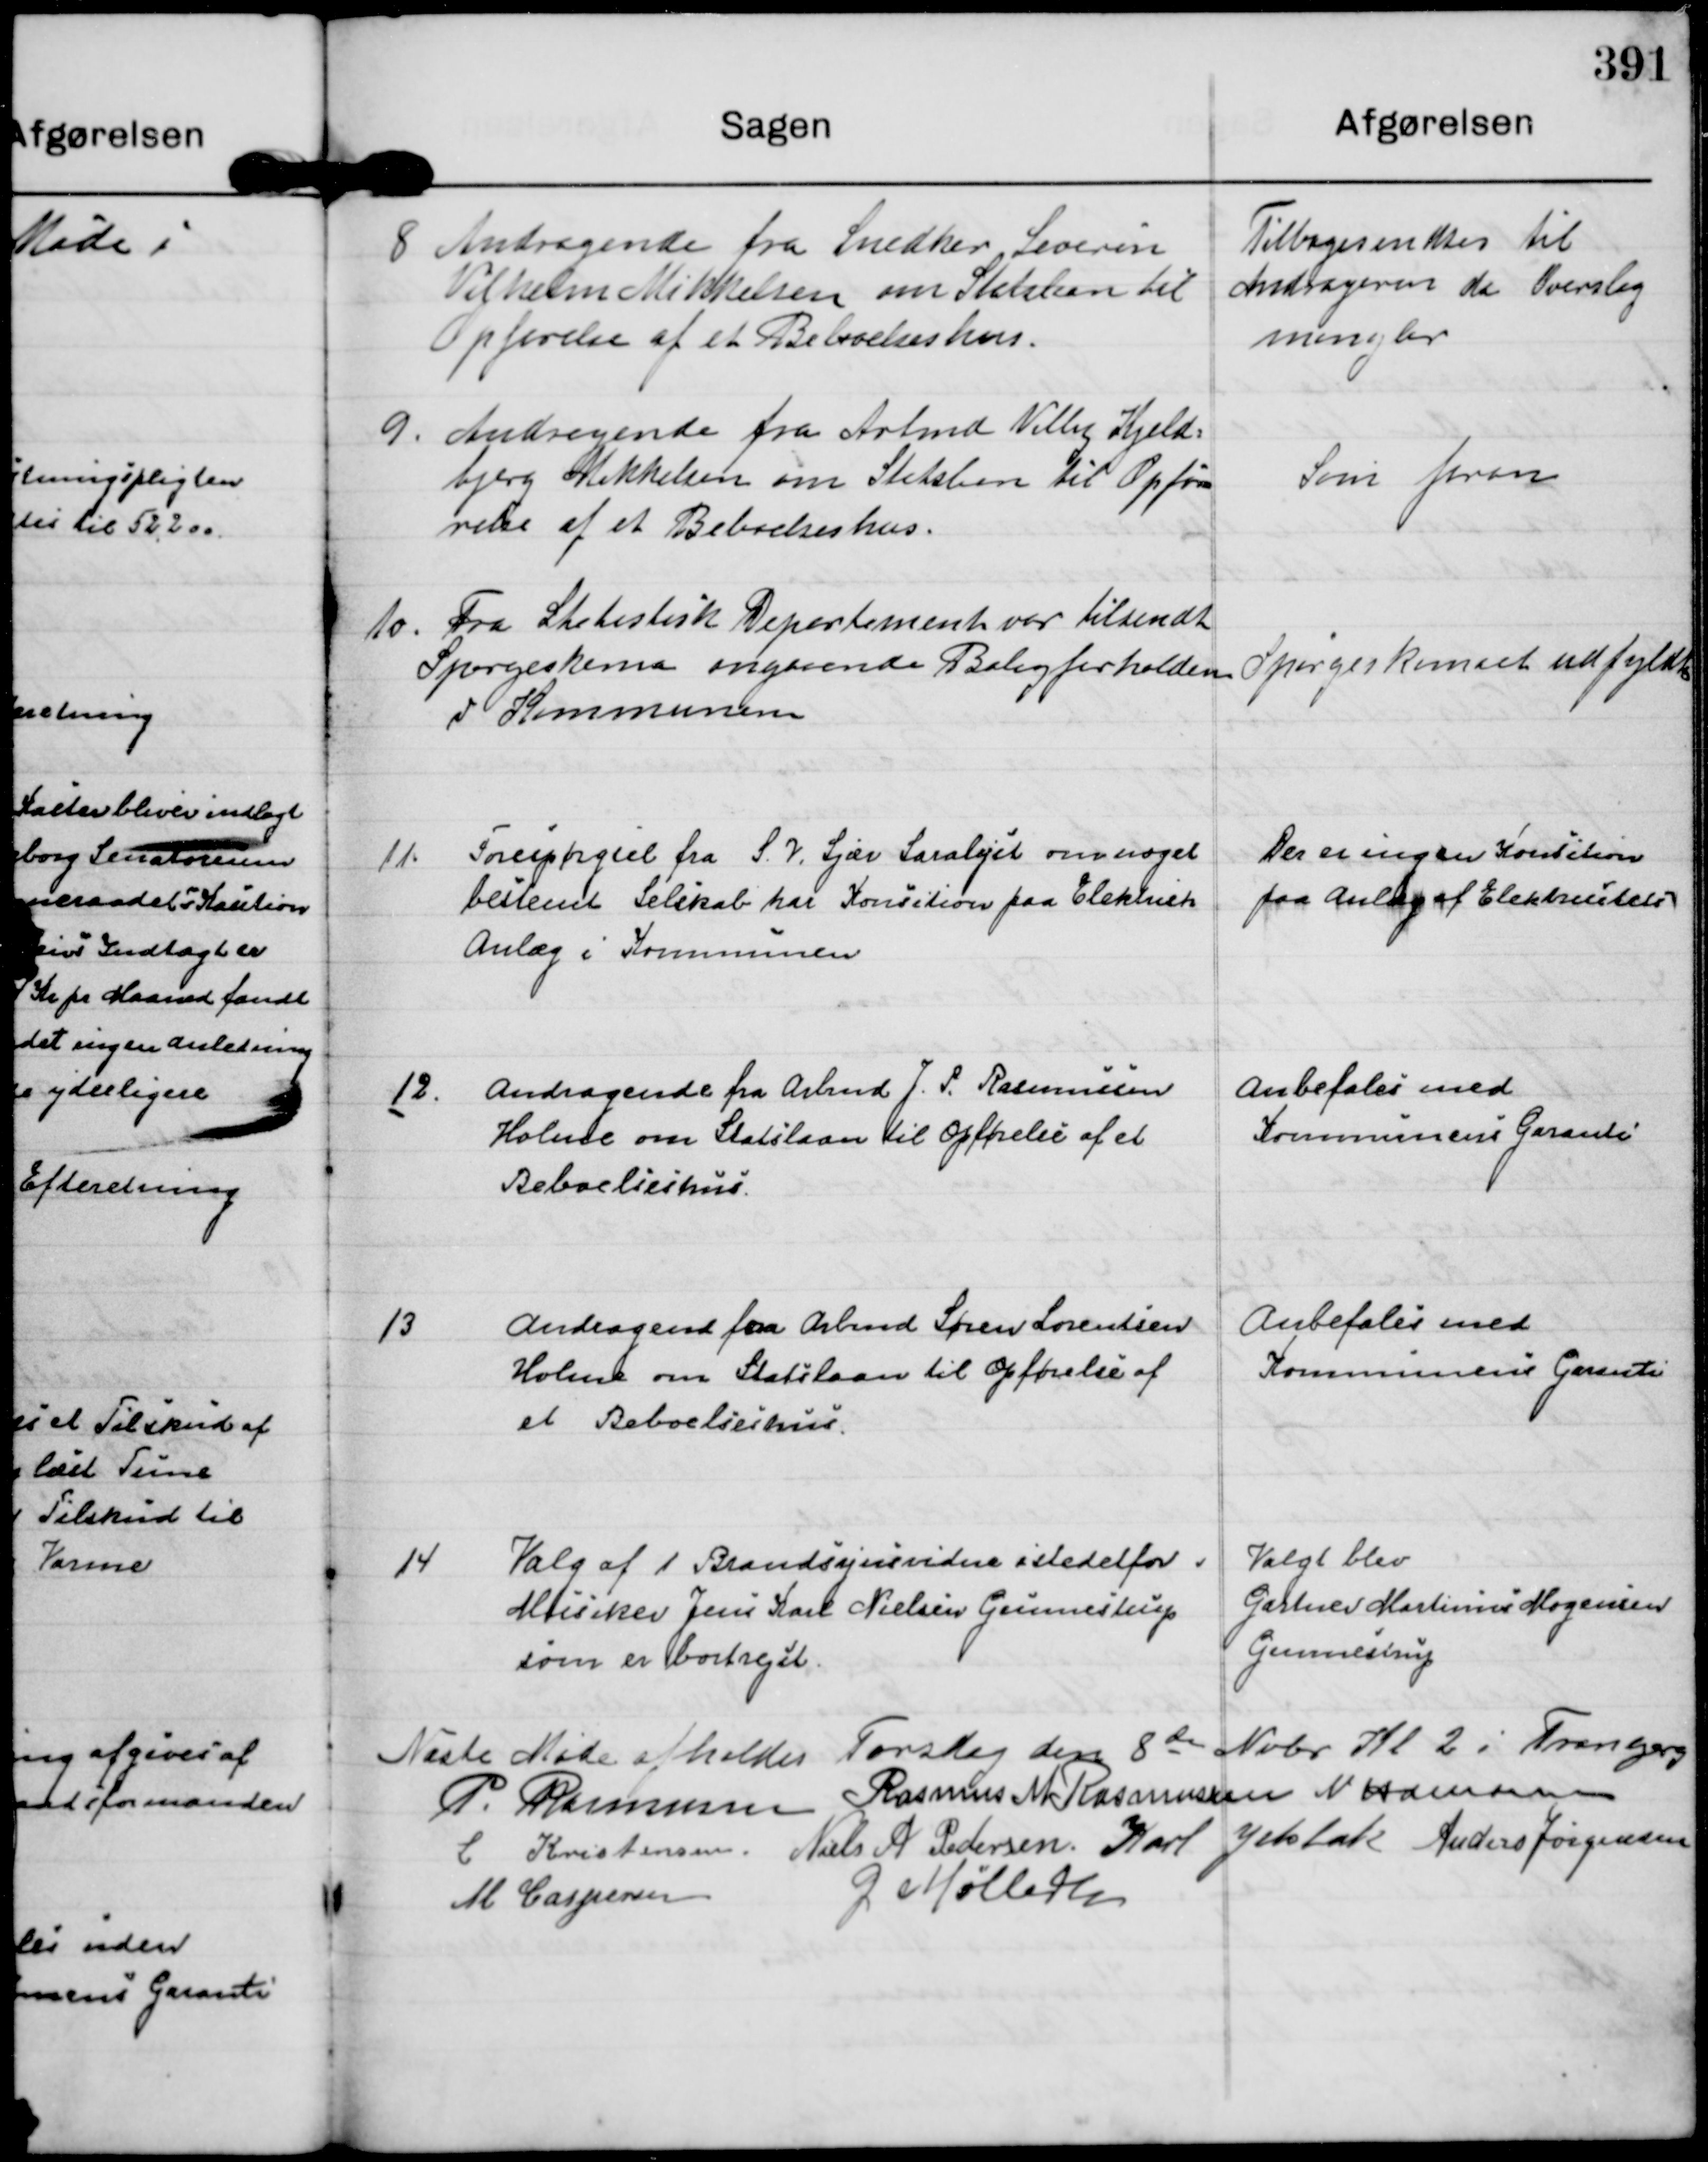
Transskription:
8
Andragende fra Snedker Severin
Vilhelm Mikkelsen om Statslaan til
Opførelse af et Beboelseshus.

Tilbagesendtes til
Andrageren da Overslag
mangler

9.
Andragende fra Arbmd Villy Kjeld=
bjerg Mikkelsen om Statslaan til Opfø=
relse af et Beboelseshus.

Som foran

10.
Fra Statistisk Departement var tilsendt
Spørgeskema angaaende Boligforholdene
i Kommunen

Spørgeskemaet udfyldtes

11.
Forespørgsel fra S. N. Sjær Saralyst om noget
bestemt Selskab har Konsition paa Elektrisk
Anlæg i Kommunen

Der er ingen Konstition
paa Anlæg af Elektritricitets

12.
Andragende fra Arbmd J. P. Rasmussen
Holme om Statslaan til Opførelse af et
Beboelseshus

Anbefales med
Kommunens Garanti

13
Andragende fra Arbmd Søren Lorentsen
Holme om Statslaan til Opførelse af
et Beboelseshus.

Anbefales med
Kommunens Garanti

14
Valg af 1 Brandsynsvidne istedetfor
Musiker Jens Karl Nielsen Gunnestrup
som er bortrejst.

Valgt blev
Gartner Martinus Mogensen
Gunnestrup

Næste Møde afholdes Torsdag den 8 de Nobr Kl 2 i Tranbjerg
P. Rasmussen
Rasmus M Rasmussen
N Hamann
L Kristensen.
Niels A Pedersen.
Karl Jelsbak
Anders Jørgensen
M Caspersen
G Møller